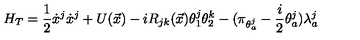
H _ { T } = \displaystyle \frac { 1 } { 2 } \dot { x } ^ { j } \dot { x } ^ { j } + U ( \vec { x } ) - i R _ { j k } ( \vec { x } ) \theta _ { 1 } ^ { j } \theta _ { 2 } ^ { k } - ( \pi _ { \theta _ { a } ^ { j } } - \displaystyle \frac { i } { 2 } \theta _ { a } ^ { j } ) \lambda _ { a } ^ { j }